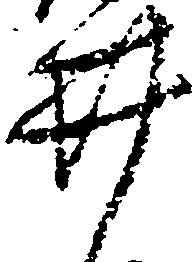
井